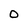
Character: O